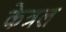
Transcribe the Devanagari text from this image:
केत्रल